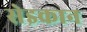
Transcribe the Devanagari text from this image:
सेइकान